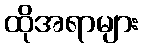
ထိုအရာများ